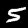
Label: 5